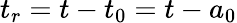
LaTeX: t_{r}=t-t_{0}=t-a_{0}